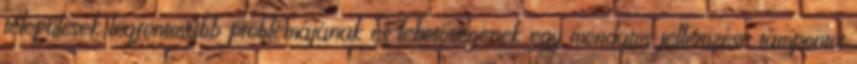
települések legfontosabb problémájának és lehetőségének egy mondatos jellemzése támpontot